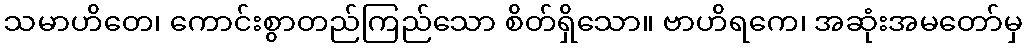
သမာဟိတေ၊ ကောင်းစွာတည်ကြည်သော စိတ်ရှိသော။ ဗာဟိရကေ၊ အဆုံးအမတော်မှ